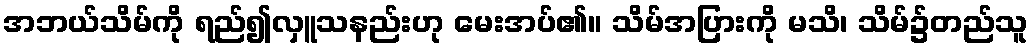
အဘယ်သိမ်ကို ရည်၍လှူသနည်းဟု မေးအပ်၏။ သိမ်အပြားကို မသိ၊ သိမ်၌တည်သူ